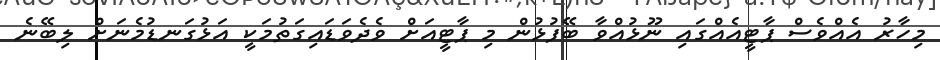
މިހާރު އެއްވެސް ޕާޓީއެއްގައި ނޫޅުއްވާ ބޭފުޅުން މި ޕާޓީއަށް ވެދެވަޑައިގަތުމަކީ އަޅުގަނޑުމެނަށް ލިބޭނެ